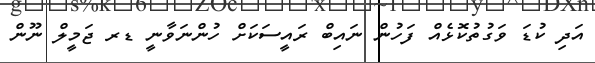
އަދި ކުޑަ ވަގުތުކޮޅެއް ފަހުން ނައިބް ރައީސަކަށް ހުންނަވާނީ ޑރ ޖަމީލް ނޫން